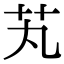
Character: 芄